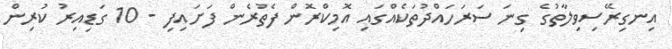
އިނގިރޭސިވިލާތުގެ ގިނަ ސަރަހައްދުތަކެއްގައި އޮމިކްރޮން ފެތުރެން ފަށައިފި - 10 ގަޑިއިރު ކުރިން